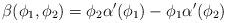
LaTeX: \begin{align*}\beta (\phi_1,\phi_2) = \phi_2 \alpha^{\prime} (\phi_1) - \phi_1 \alpha^{\prime} (\phi_2)\end{align*}